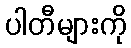
ပါတီများကို